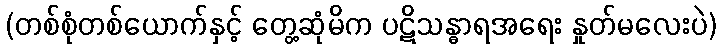
(တစ်စုံတစ်ယောက်နှင့် တွေ့ဆုံမိက ပဋိသန္ဓာရအရေး နှုတ်မလေးပဲ)